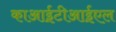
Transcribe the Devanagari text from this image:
काआईटीआईएल